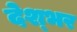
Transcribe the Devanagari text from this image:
देश्भर